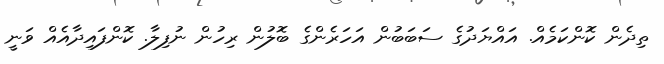
ތިދެން ކޮންކަމެއް. އައްޔަދުގެ ސަބަބުން އަހަރެންގެ ބޮލުން ރިހުން ނުފިލާ. ކޮންފައިދާއެއް ވަނީ